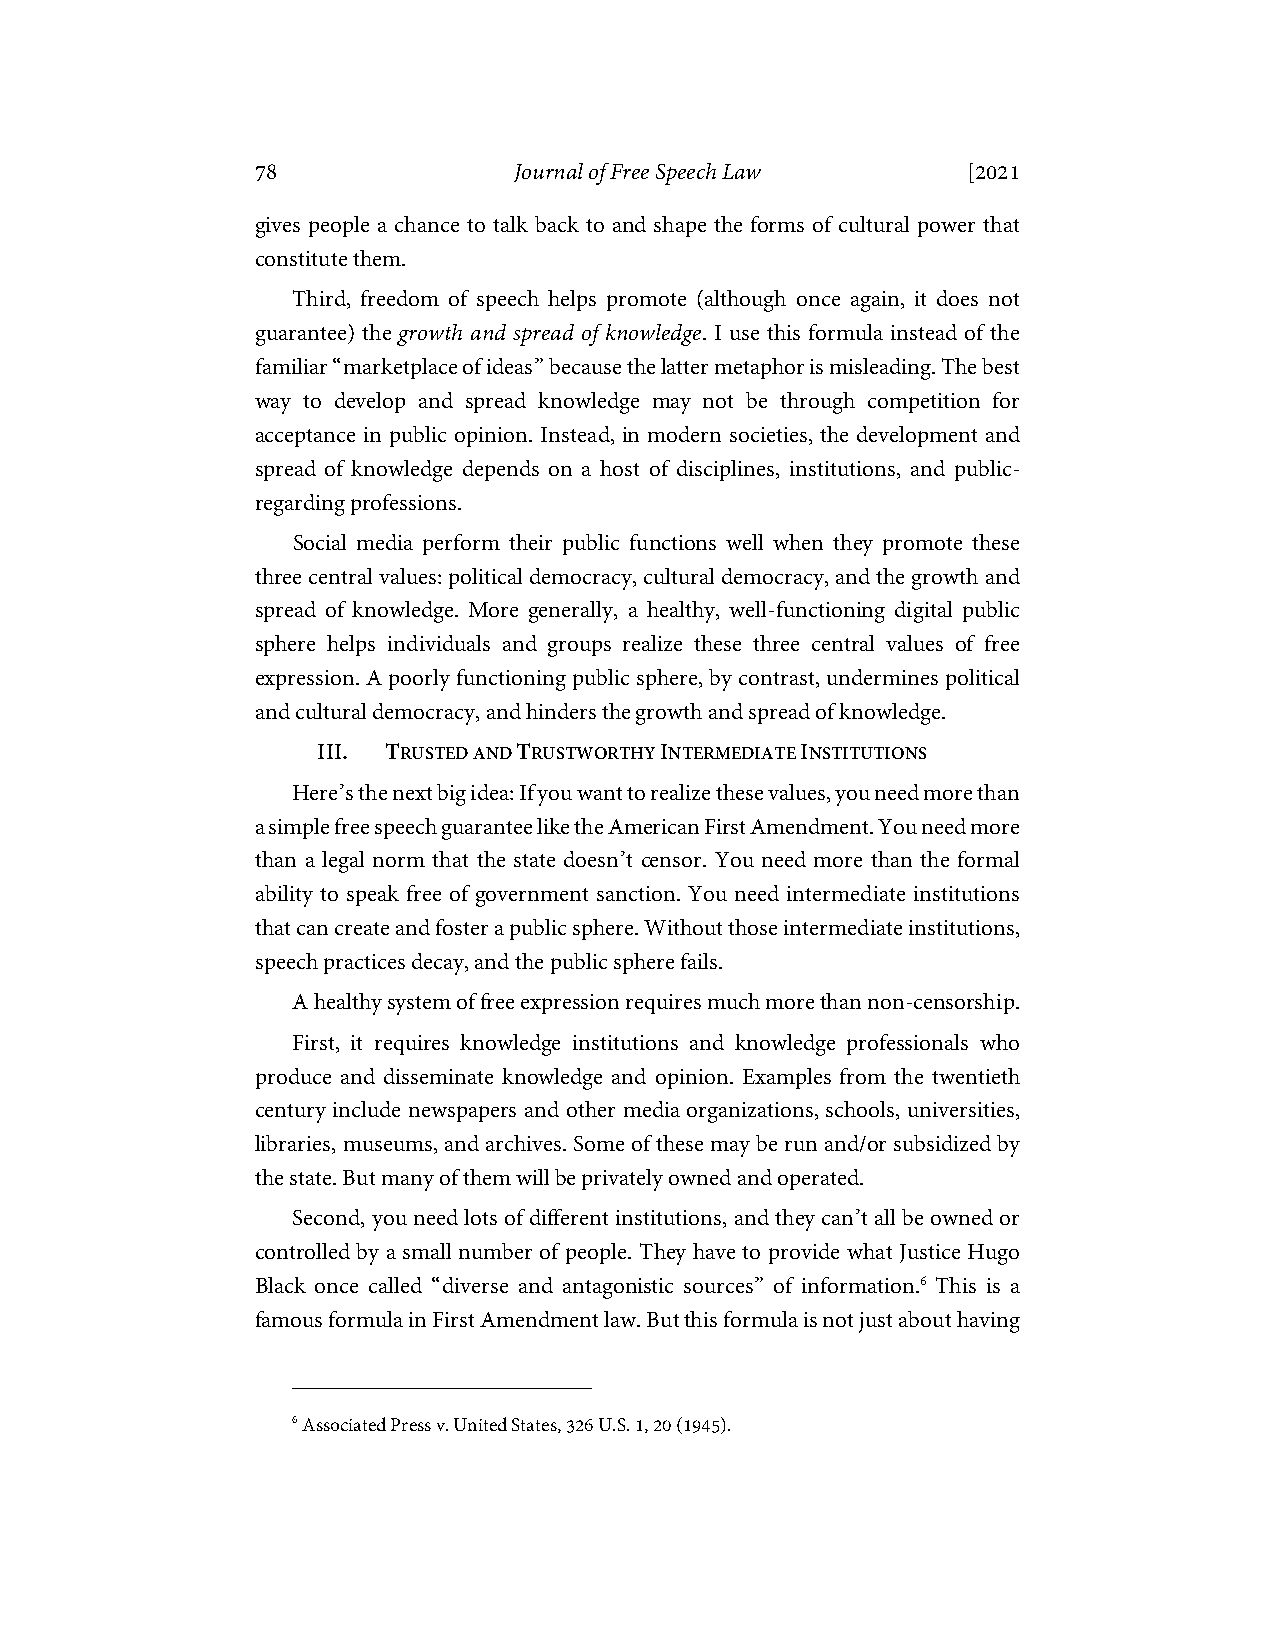
78               Journal of Free Speech Law    [2021
 gives people a chance to talk back to and shape the forms of cultural power that
 constitute them.
 Third, freedom of speech helps promote (although once again, it does not
 guarantee) the growth and spread of knowledge. I use this formula instead of the
 familiar “marketplace of ideas” because the latter metaphor is misleading. The best
 way to develop and spread knowledge may not be through competition for
 acceptance in public opinion. Instead, in modern societies, the development and
 spread of knowledge depends on a host of disciplines, institutions, and public-
 regarding professions.
 Social media perform their public functions well when they promote these
 three central values: political democracy, cultural democracy, and the growth and
 spread of knowledge. More generally, a healthy, well-functioning digital public
 sphere helps individuals and groups realize these three central values of free
 expression. A poorly functioning public sphere, by contrast, undermines political
 and cultural democracy, and hinders the growth and spread of knowledge.
 III. TRUSTED AND TRUSTWORTHY INTERMEDIATE INSTITUTIONS
 Here’s the next big idea: If you want to realize these values, you need more than
 a simple free speech guarantee like the American First Amendment. You need more
 than a legal norm that the state doesn’t censor. You need more than the formal
 ability to speak free of government sanction. You need intermediate institutions
 that can create and foster a public sphere. Without those intermediate institutions,
 speech practices decay, and the public sphere fails.
 A healthy system of free expression requires much more than non-censorship.
 First, it requires knowledge institutions and knowledge professionals who
 produce and disseminate knowledge and opinion. Examples from the twentieth
 century include newspapers and other media organizations, schools, universities,
 libraries, museums, and archives. Some of these may be run and/or subsidized by
 the state. But many of them will be privately owned and operated.
 Second, you need lots of different institutions, and they can’t all be owned or
 controlled by a small number of people. They have to provide what Justice Hugo
 Black once called “diverse and antagonistic sources” of information.6 This is a
 famous formula in First Amendment law. But this formula is not just about having
 6 Associated Press v. United States, 326 U.S. 1, 20 (1945).